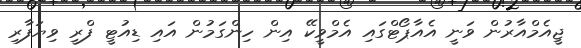
ޖީއެމްއާރުން ވަނީ އެއާޕޯޓްގައި އެމްވީކޭ އިން ހިންގަމުން އައި ޑިއުޓީ ފްރީ ވިޔަފާރި